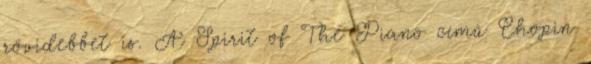
rövidebbet is. A Spirit of The Piano című Chopin